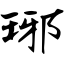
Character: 琊